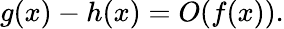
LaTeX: g(x)-h(x)=O(f(x)).